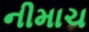
નીમાચ